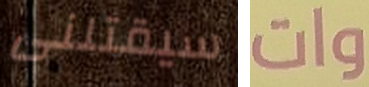
سيقتلنى وات